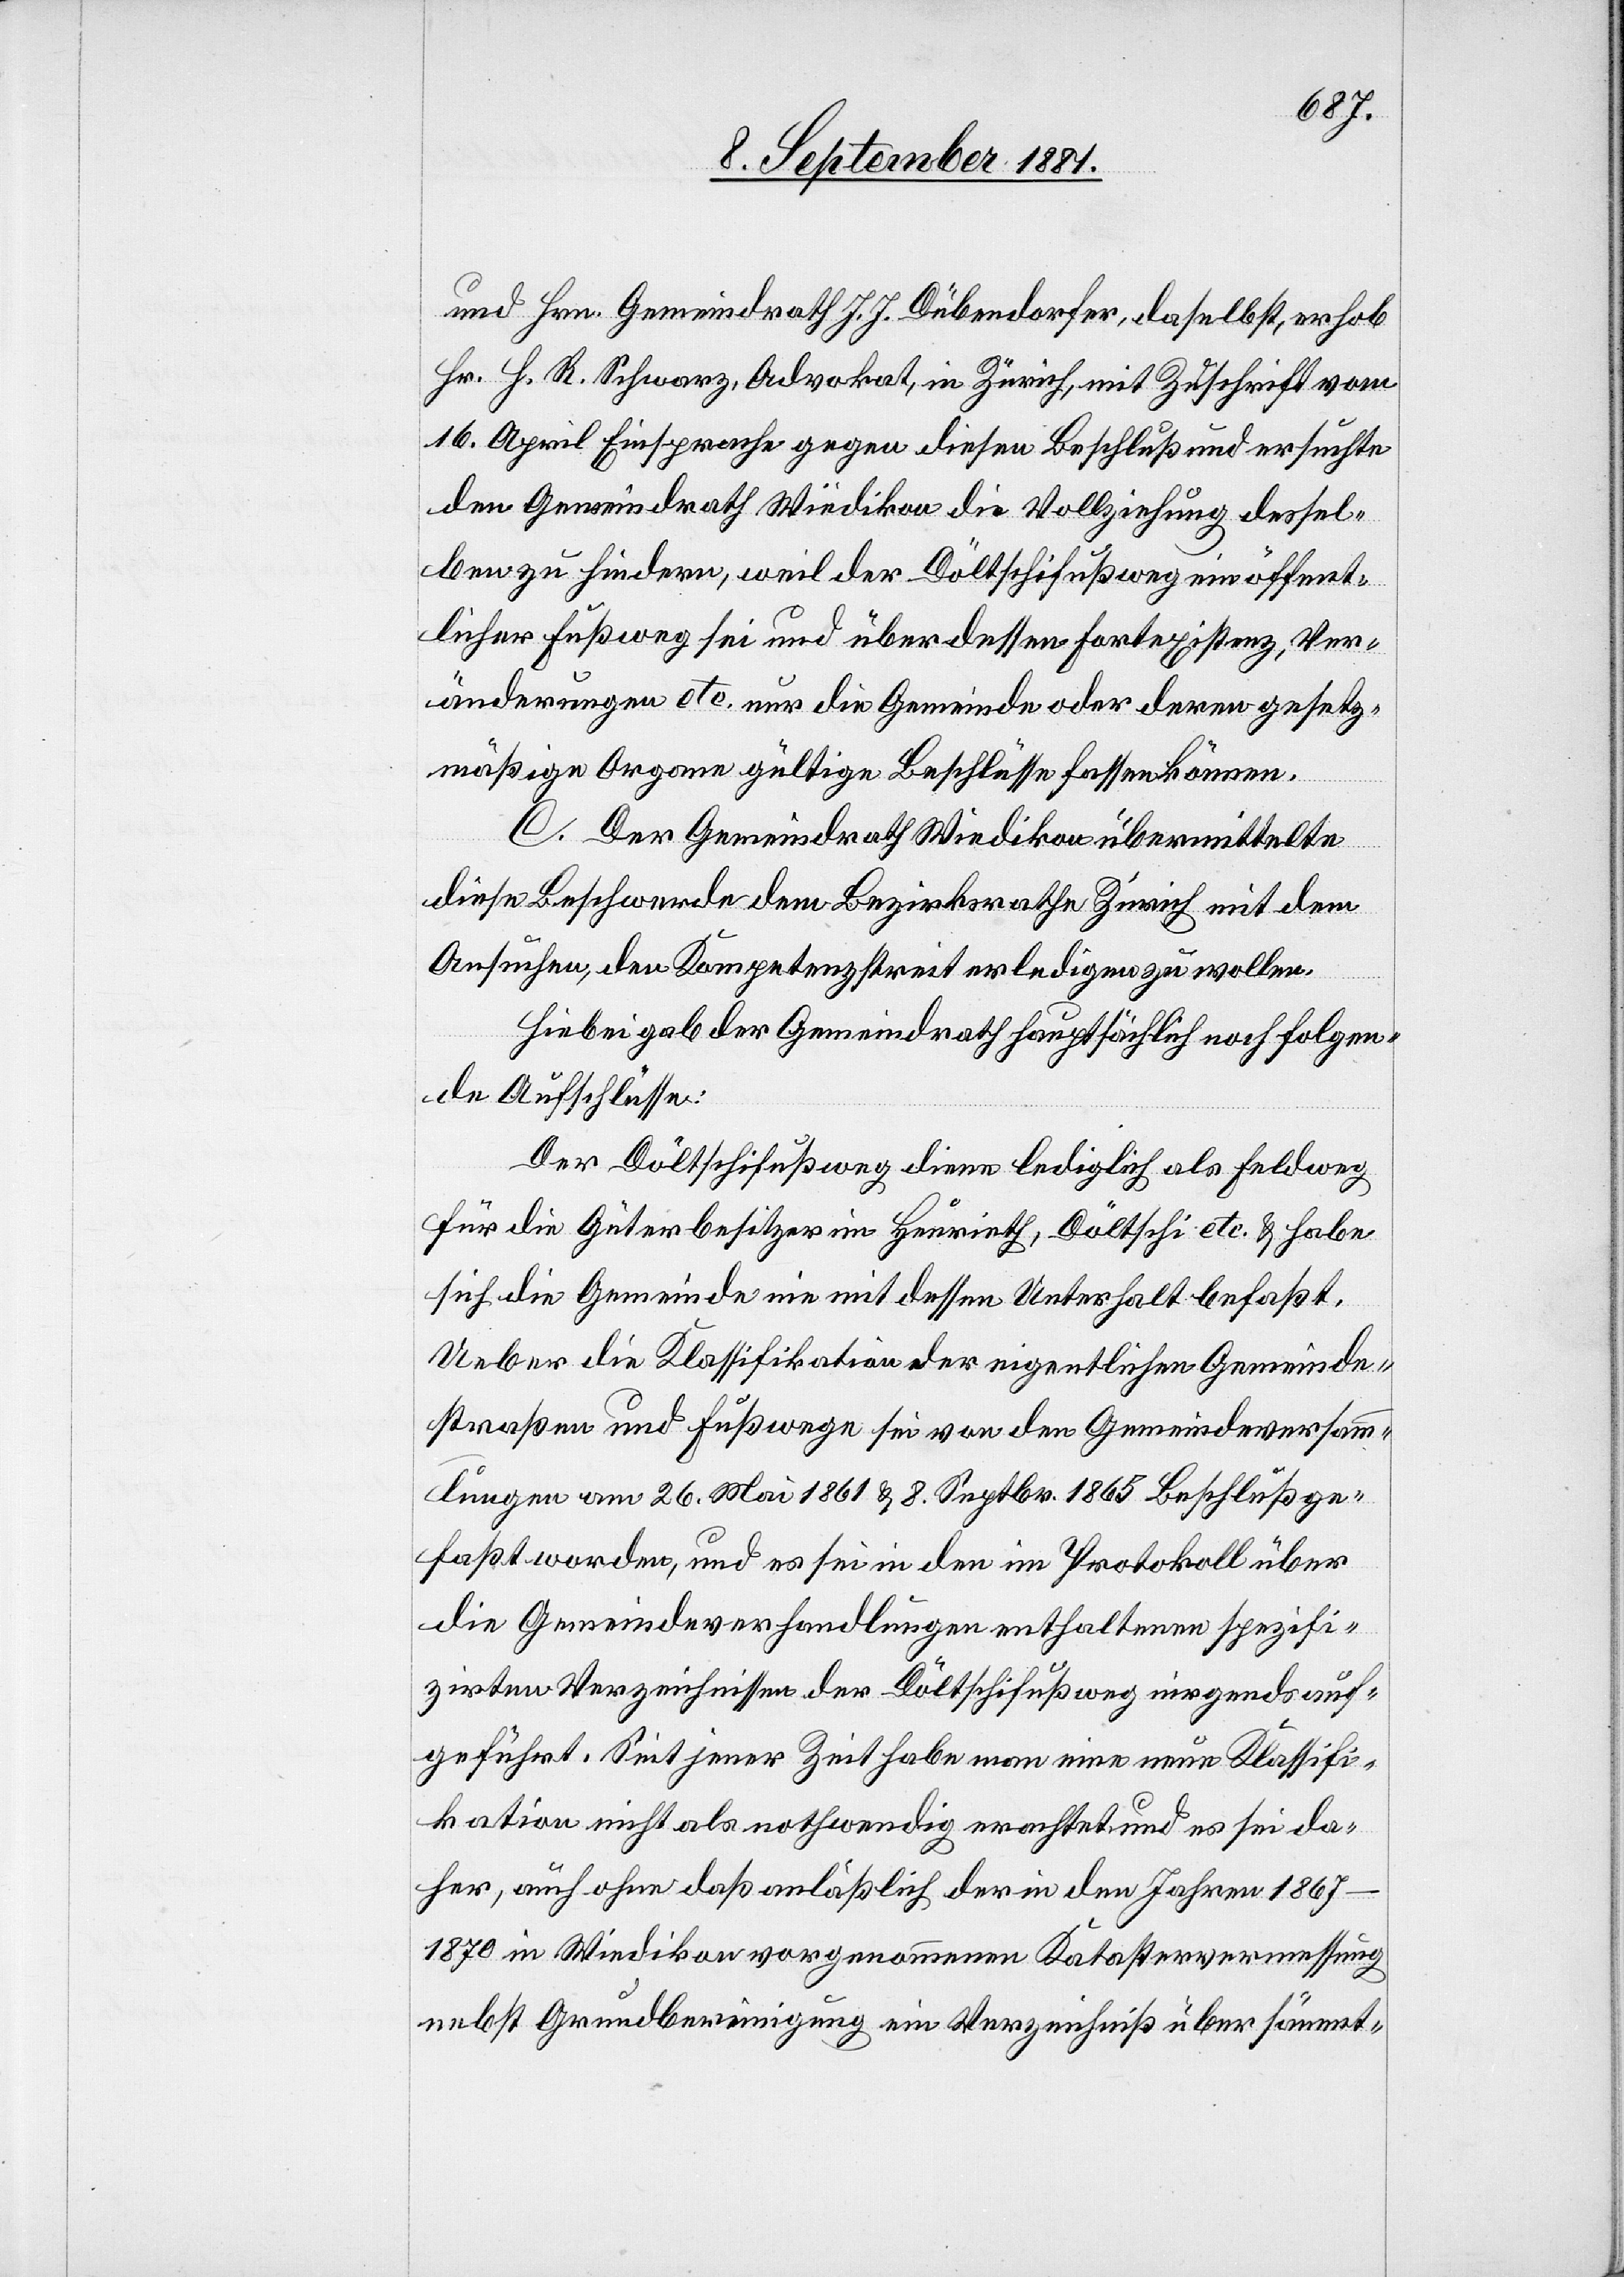
und Hrn. Gemeindrath J. J. Dübendorfer, daselbst, erhob
Hr. J. R. Schwarz, Advokat, in Zürich, mit Zuschrift vom
16. April Einsprache gegen diesen Beschluß und ersuchte
den Gemeindrath Wiedikon die Vollziehung dessel¬
ben zu hindern, weil der Döltschifußweg ein öffent¬
licher Fußweg sei und über dessen Fortexistenz, Ver¬
änderungen etc. nur die Gemeinde oder deren gesetz¬
mäßige Organe gültige Beschlüsse fassen können.
C. Der Gemeindrath Wiedikon übermittelte
diese Beschwerde dem Bezirksrathe Zürich mit dem
Ansuchen, den Kompetenzstreit erledigen zu wollen.
Hiebei gab der Gemeindrath hauptsächlich noch folgen¬
de Aufschlüsse:
Der Döltschifußweg diene lediglich als Feldweg
für die Güterbesitzer in Heurieth, Döltschi etc. & habe
die Gemeinde nie mit dessen Unterhalt befaßt.
Ueber die Klassifikation der eigentlichen Gemeinde¬
straßen und Fußwege sei von den Gemeindeversamm¬
lungen am 26. Mai 1861 & 8. Septbr. 1865 Beschluß ge¬
faßt worden, und es sei in den im Protokoll über
die Gemeindeverhandlungen enthaltenen spezifi¬
zirten Verzeichnissen der Döltschifußweg nirgends auf¬
geführt. Seit jener Zeit habe man eine neue Klassifi¬
kation nicht als nothwendig erachtet, und es sei da¬
her, auch ohne daß anläßlich der in den Jahren 1867–1870
in Wiedikon vorgenommenen Katastervermessung
nebst Grundbereinigung ein Verzeichniß über sämmt-